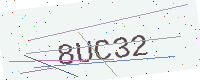
Text: 8UC32